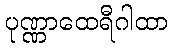
ပုဏ္ဏာထေရီဂါထာ